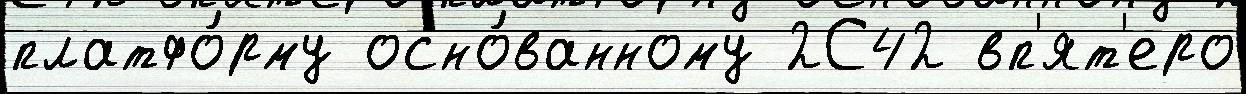
платфо́рму осно́ванному 2С42 вп'ят'еро